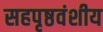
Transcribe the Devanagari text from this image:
सहपृष्ठवंशीय